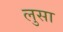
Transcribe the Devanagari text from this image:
लुसा